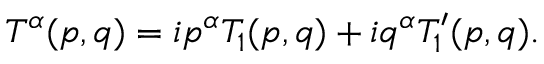
T ^ { \alpha } ( p , q ) = i p ^ { \alpha } T _ { 1 } ( p , q ) + i q ^ { \alpha } T _ { 1 } ^ { \prime } ( p , q ) .